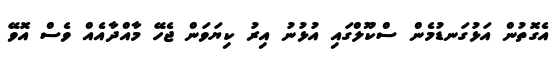
އެގޮތުން އަޅުގަނޑުމެން ސްކޫލްގައި އުޅުނު އިރު ކިޔަވަން ޖެހޭ މާއްދާއެއް ވެސް އޮވޭ